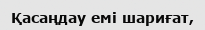
Қасаңдау емі шариғат,